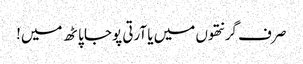
صر ف گرنتھوں میں یا آرتی پوجا پاٹھ میں!